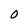
Character: O